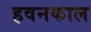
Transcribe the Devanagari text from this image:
हवनकाल